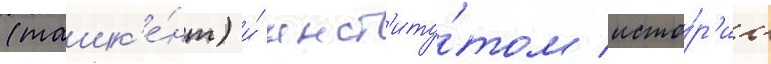
(ташк'е́нт) и́ инст'иту́том исто́р'ии